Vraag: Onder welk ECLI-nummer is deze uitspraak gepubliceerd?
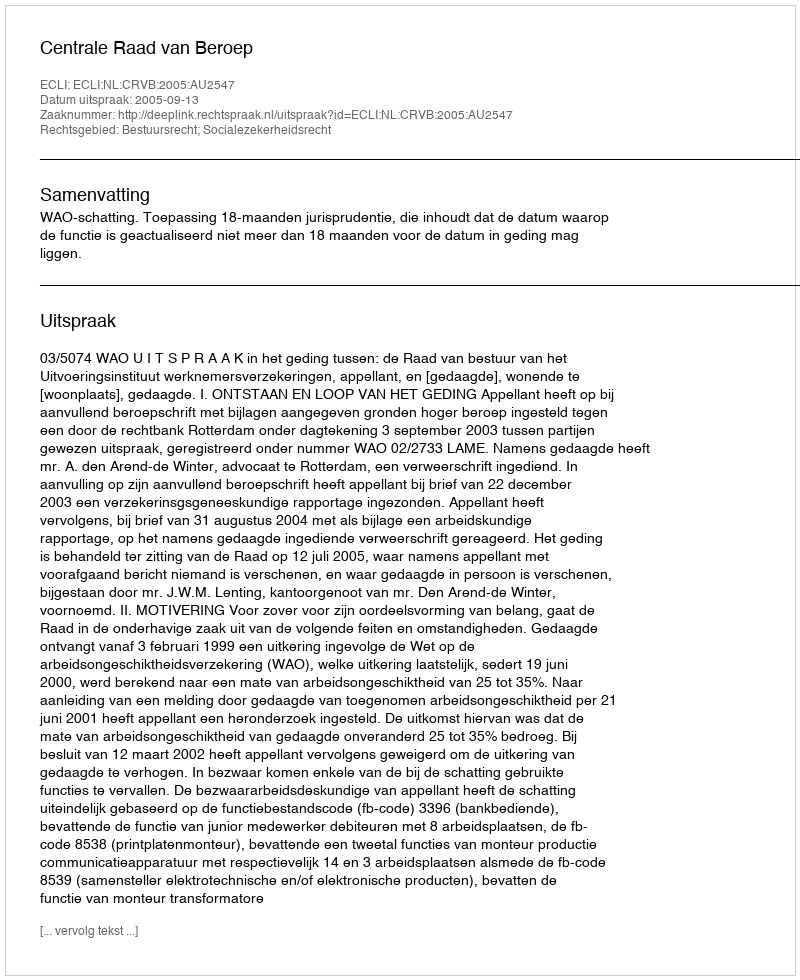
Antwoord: ECLI:NL:CRVB:2005:AU2547